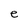
Character: e